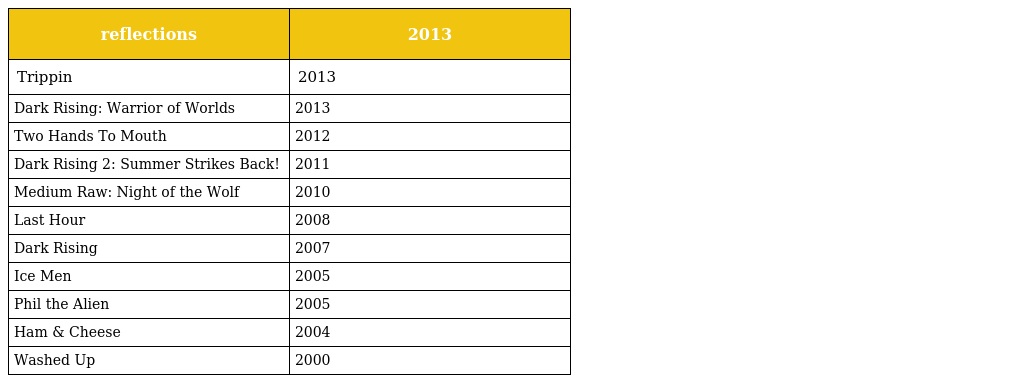
| reflections | 2013 |
 | --- | --- |
 | Trippin | 2013 |
 | Dark Rising: Warrior of Worlds | 2013 |
 | Two Hands To Mouth | 2012 |
 | Dark Rising 2: Summer Strikes Back! | 2011 |
 | Medium Raw: Night of the Wolf | 2010 |
 | Last Hour | 2008 |
 | Dark Rising | 2007 |
 | Ice Men | 2005 |
 | Phil the Alien | 2005 |
 | Ham & Cheese | 2004 |
 | Washed Up | 2000 |